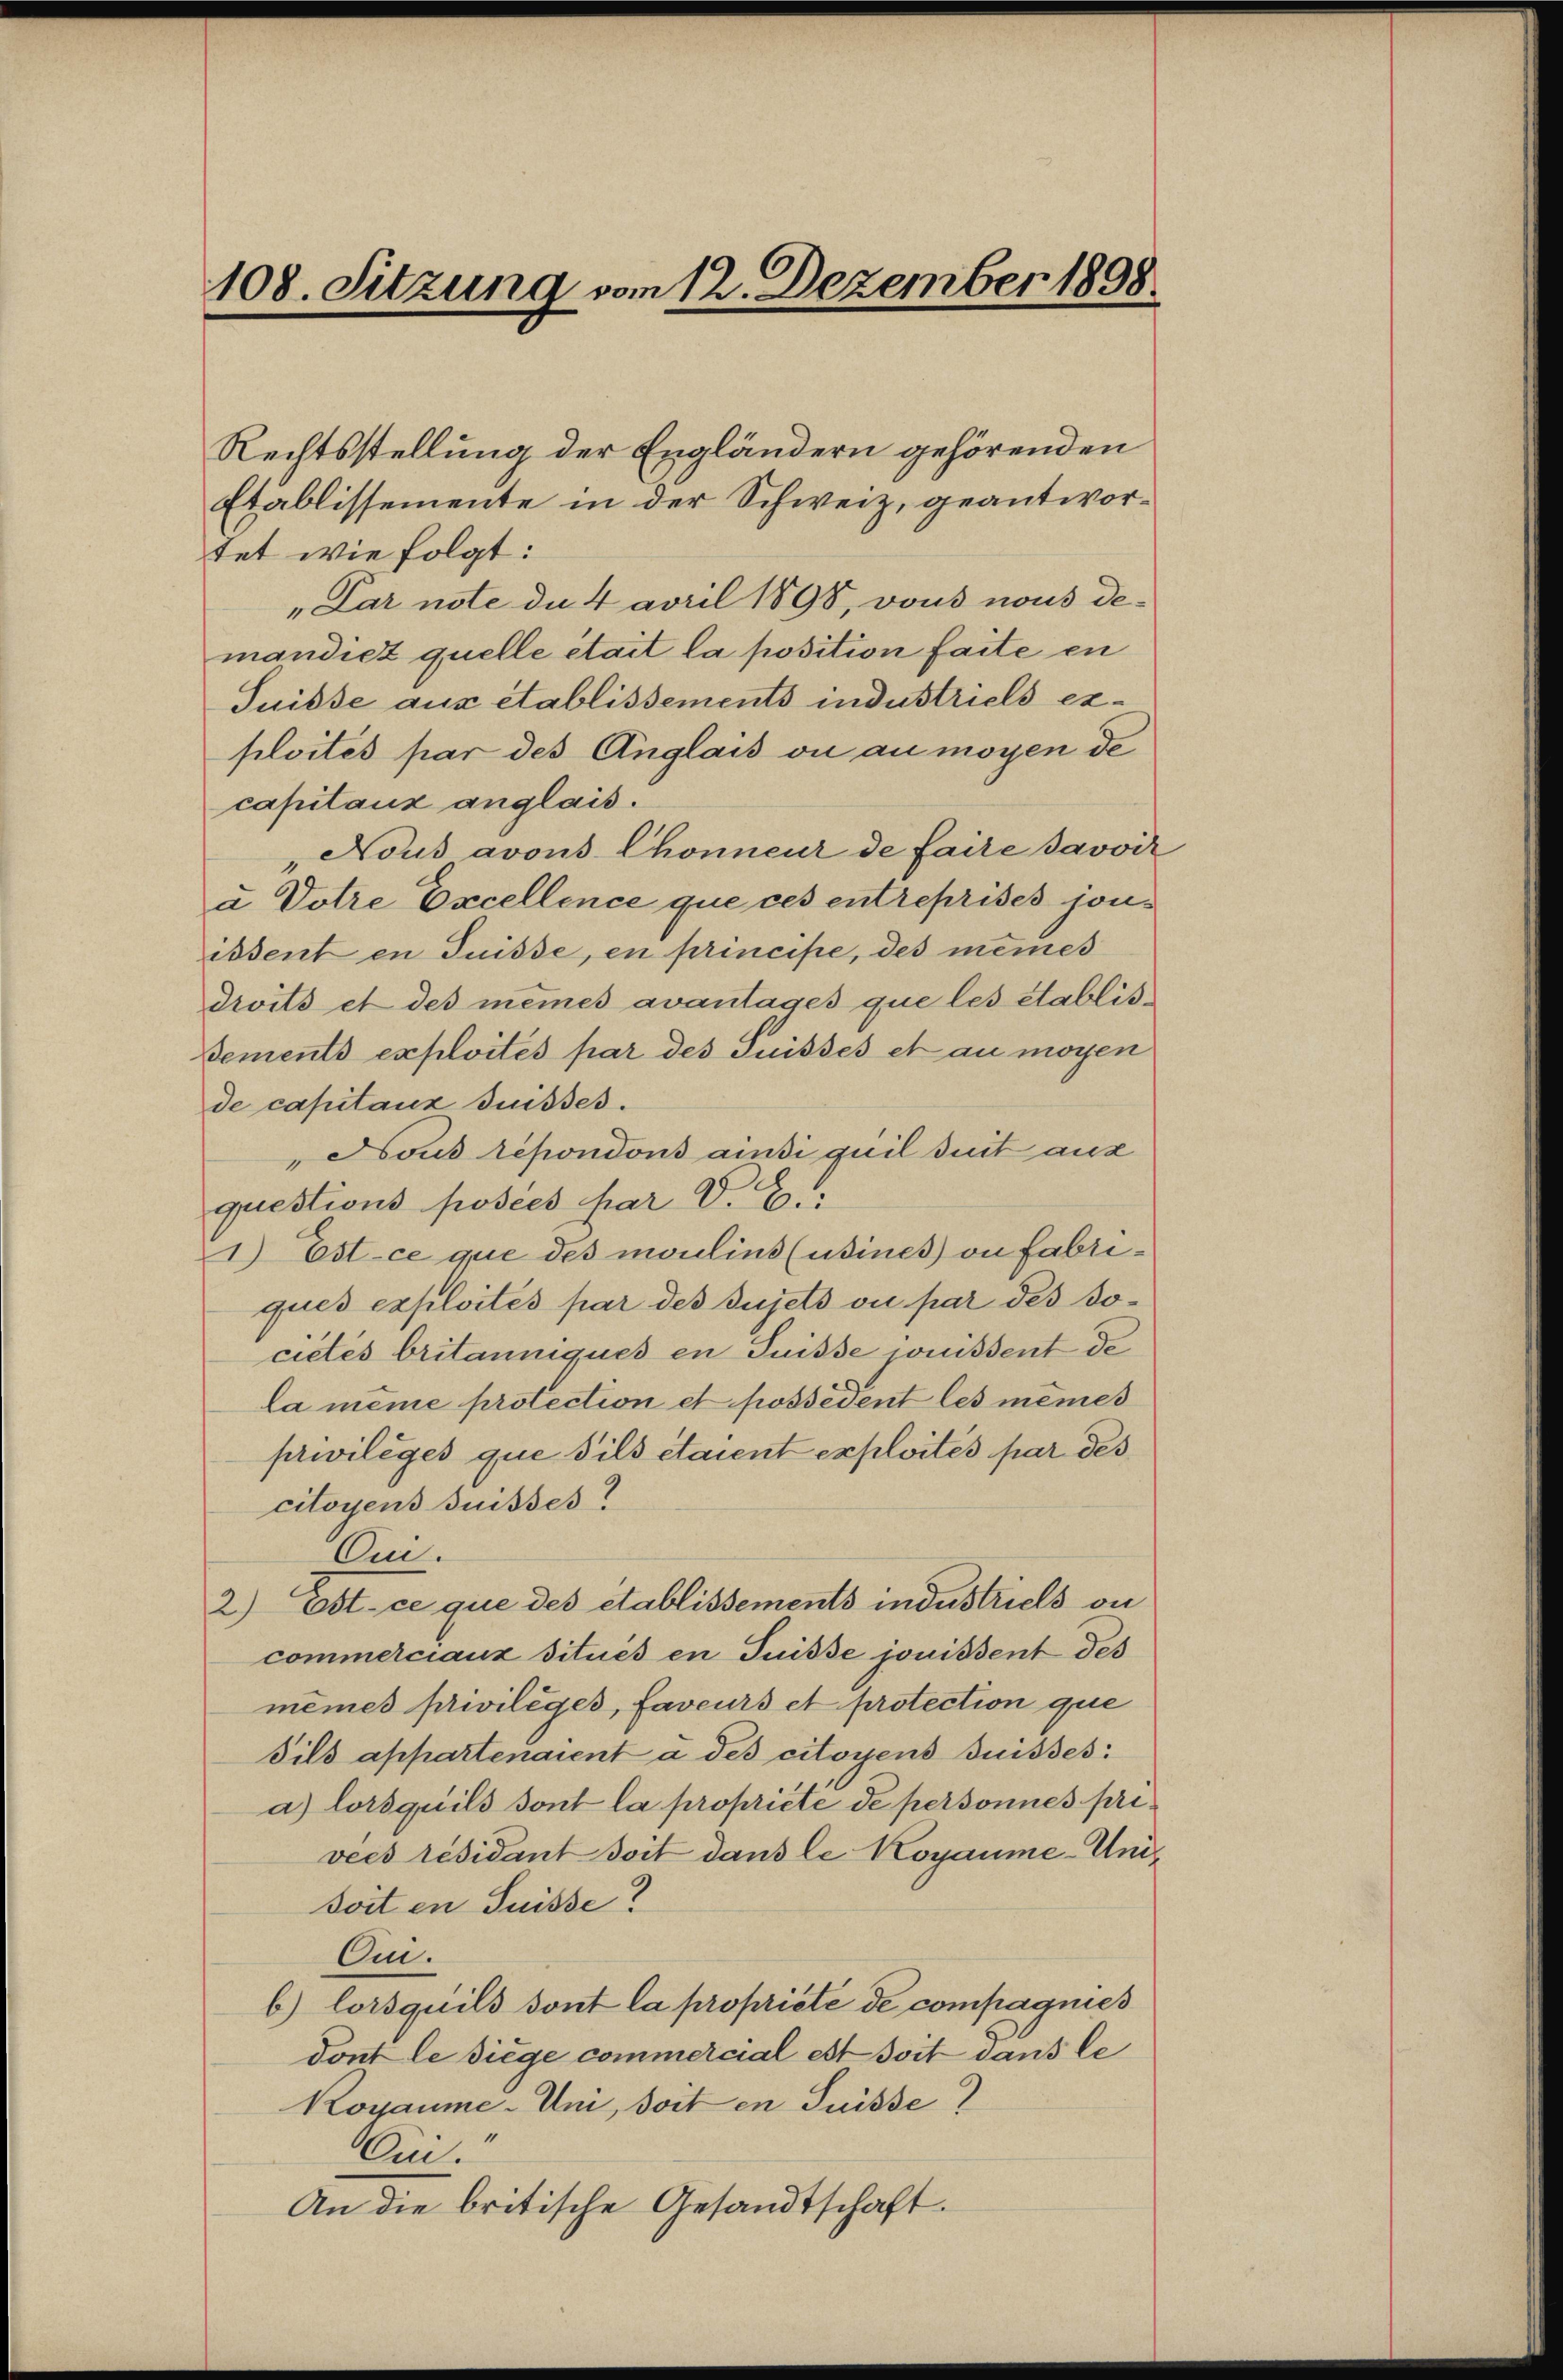
108. Sitzung vom 12. Dezember 1898.

"Sous répondons ainsi quil dit aus
questions posées par V. C.
1) Est-ce que des moulins (usines on fabriques exploités par des sujets ou par des Docietés britanniques en Suisse jouissent de
la meine protection et possédent les memes
privilèges que fils étaient exploités par des
citoyens Suisses
Oni.
2) Est ce que des etablissements industriels on
commerciaux situés en Suisse jouissent des
mêmes privilèges, faveurs et protection que
Sils appartenaient à des citoyens Suisses:
a) lorsquils sont la propriété de personnes privees résidant soit dans le Kogaume-Un¬
Soit en Suisse?
Oni.
b) lorsquils sont la propriété de compagnies
dont le diege commercial est dort dans le
Kosaume-Uni, soit en Suisse
Cii.
An die britische Gesandtschaft.

Rechtsstellung der Engländern gehörenden
Etablissemente in der Schweiz, geantwortet wie folgt:
"Par note da 4 april 1898, vons nous demandiez quelle était la position faite en
Suisse aus etablissements industriels exploites par des Anglais ou au moyen de
capitanz anglais.
Nous avous Chonneur de faire savoir
a Votire Excellence que ces entreprises jouis
issent en Suisse, en principe, des meines
droits et des meines avantages que les établis-
dements exploités par des Suisses et au moyen
de capitanz Suisses.